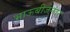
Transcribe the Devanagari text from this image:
भाऊबीजेनंतर